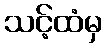
သင့်ထံမှ